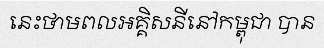
នេះថាមពលអគ្គិសនីនៅកម្ពុជា បាន